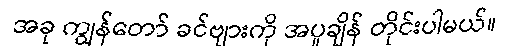
အခု ကျွန်တော် ခင်ဗျားကို အပူချိန် တိုင်းပါမယ်။